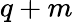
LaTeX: q+m